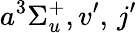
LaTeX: a^{3}\Sigma_{u}^{+},v^{\prime},\, j^{\prime}